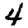
Digit: 4